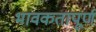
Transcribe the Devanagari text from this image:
भावकतापूर्ण